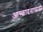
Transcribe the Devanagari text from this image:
आच्छादनासाठी